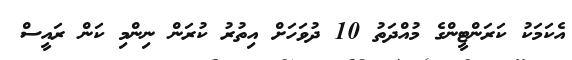
އެކަމަކު ކަރަންޓީންގެ މުއްދަތު 10 ދުވަހަށް އިތުރު ކުރަން ނިންމި ކަން ރައީސް